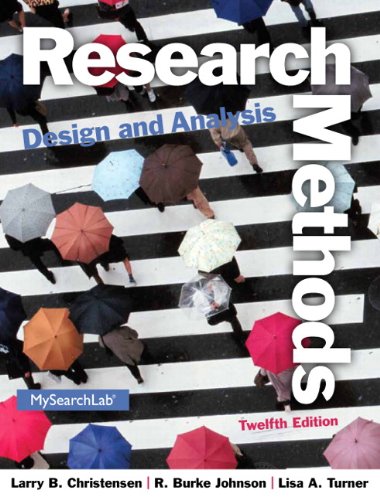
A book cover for Research Methods, Design, and Analysis (12th Edition); Larry B. Christensen; Medical Books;